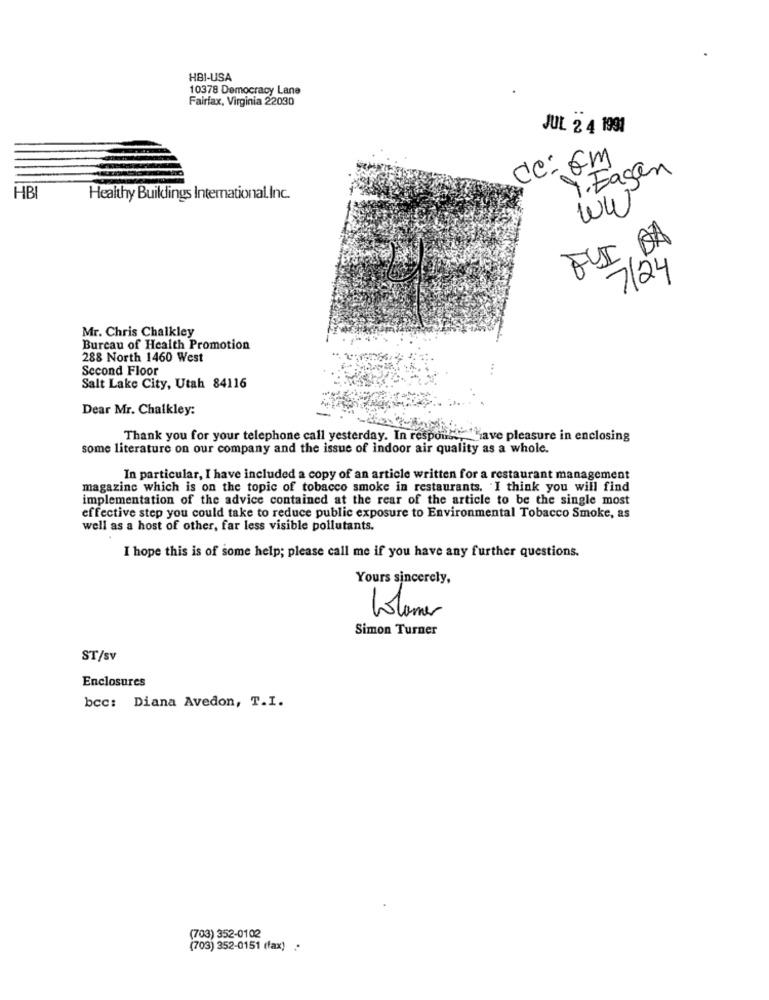
HBI-USA
10378 Democracy Lane
Fairfax, Virginia 22030
JUL 2 4 1991
dc: Em
9. Fagen
HBI
Healthy Buiklings International Inc.
WW
FUI, DA
7/24
Mr. Chris Chalkley
Bureau of Health Promotion
288 North 1460 West
Second Floor
Salt Lake City, Utah 84116
Dear Mr. Chalkley:
Thank you for your telephone call yesterday. In response
Have pleasure in enclosing
some literature on our company and the issue of indoor air quality as a whole.
In particular, I have included a copy of an article written for a restaurant management
magazine which is on the topic of tobacco smoke in restaurants. I think you will find
implementation of the advice contained at the rear of the article to be the single most
effective step you could take to reduce public exposure to Environmental Tobacco Smoke, as
well as a host of other, far less visible pollutants.
I hope this is of some help; please call me if you have any further questions.
Yours sincerely,
Volumes
Simon Turner
ST/sv
Enclosures
bcc: Diana Avedon, T.I.
(703) 352-0102
(703) 352-0151 (fax) .